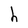
Character: h